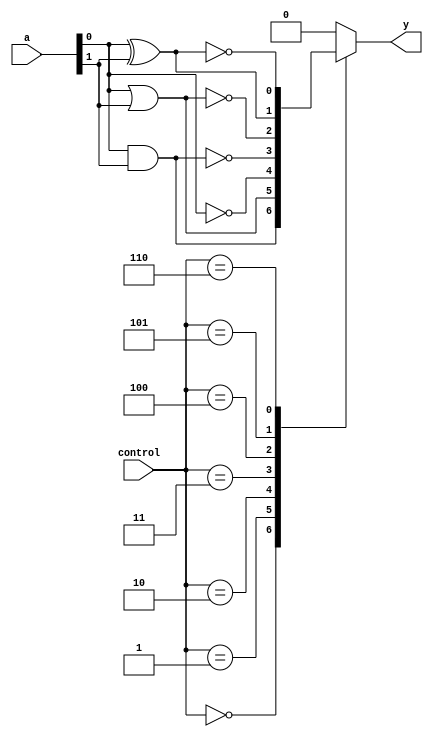
module covered_cell (
    input wire [1:0] a,         // Two input signals
    input wire [2:0] control,    // Control signal to select the operation
    output reg y                // Output signal
);

// Define the operations based on control signal
always @(*) begin
    case (control)
        3'b000: y = a[0] & a[1]; // AND
        3'b001: y = a[0] | a[1]; // OR
        3'b010: y = ~a[0];       // NOT (only on a[0])
        3'b011: y = ~(a[0] & a[1]); // NAND
        3'b100: y = ~(a[0] | a[1]); // NOR
        3'b101: y = a[0] ^ a[1]; // XOR
        3'b110: y = ~(a[0] ^ a[1]); // XNOR
        default: y = 1'b0;       // Default case
    endcase
end

endmodule